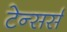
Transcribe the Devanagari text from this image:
टेन्सर्स